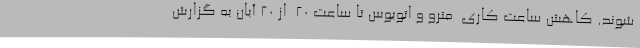
شوند. کاهش ساعت کاری  مترو و اتوبوس تا ساعت 20  از 20 آبان به گزارش